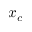
x _ { c }